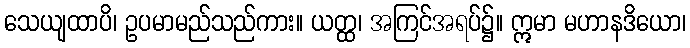
သေယျထာပိ၊ ဥပမာမည်သည်ကား။ ယတ္ထ၊ အကြင်အရပ်၌။ ဣမာ မဟာနဒိယော၊